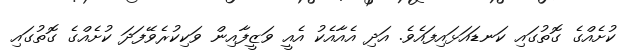
ކުށެއްގެ ގޮތުގައި ކަނޑައަޅައިފައެވެ. އަދި އެއާއެކު އެއީ ވަޒީފާއިން ވަކިކުރެވޭފަދަ ކުށެއްގެ ގޮތުގައި